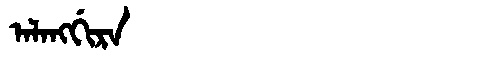
Manchu: ᠠᠯᠠᠩᡤᡳᡵᠠ
Romanization: ALANGGIRA